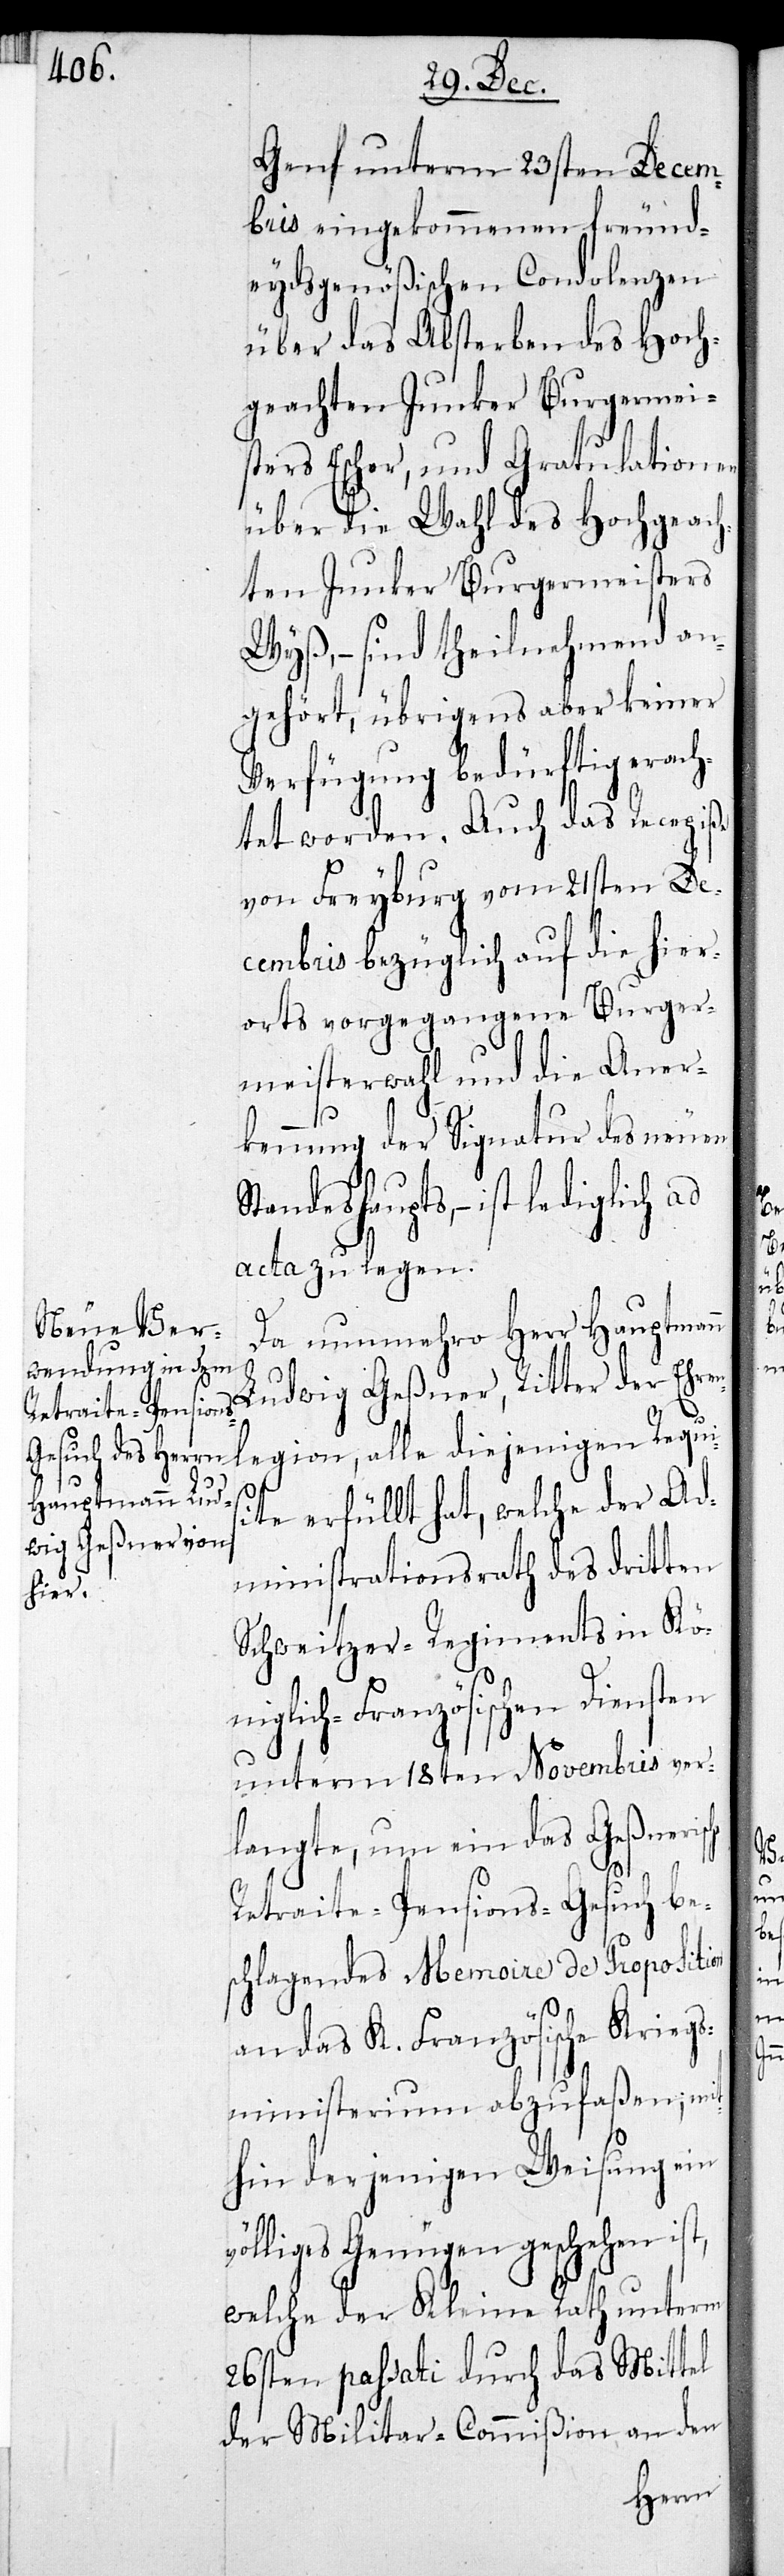
che

Genf unterm 23sten Decem¬
bris eingekommenen freund¬
eydsgenößischen Condolenzen
über das Absterben des Hoch¬
geachten Junker Burgermei¬
sters Escher, und Gratulationen
über die Wahl des Hochgeach¬
ten Junker Burgermeisters
Wyß, – sind theilnehmend an¬
gehört, übrigens aber keiner
Verfügung bedürftig erach¬
tet worden. Auch das Recepiße
von Freyburg vom 21sten De¬
cembris bezüglich auf die hier¬
orts vorgegangene Burger¬
meisterwahl und die Aner¬
kennung der Signatur des neuen
Standeshaupts, – ist lediglich ad
acta zu legen.
Da nunmehro Herr Hauptmann
Ludwig Geßner, Ritter der Ehren¬
legion, alle diejenigen Requis¬
ite erfüllt hat, welche der Ad¬
ministrationsrath des dritten
Schweizer-Regiments in kö¬
niglich-Französischen Diensten
unterm 18ten Novembris ver¬
langte, um ein das Geßneris¬
Retraite-Pensions-Gesuch be¬
schlagendes Memoire de Proposition
an das K. Französische Kriegs¬
ministerium abzufaßen; mit¬
hin derjenigen Weisung ein
völliges Genüge geschehen ist,
welche der Kleine Rath unterm
26sten passati durch das Mittel
der Militar-Commißion an den